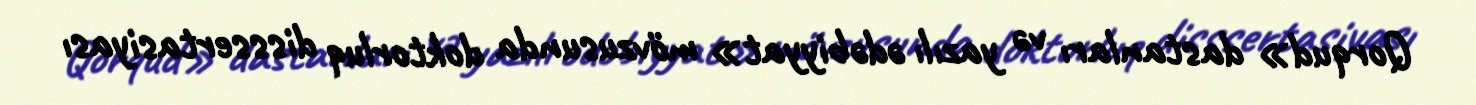
Qorqud» dastanları və yazılı ədəbiyyat» mövzusunda doktorluq disssertasiyası